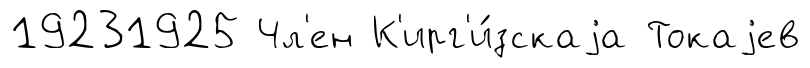
19231925 Чл'ен К'ирг'и́зскаjа Токаjев